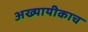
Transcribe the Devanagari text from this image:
अख्यायीकाच